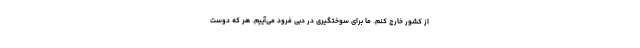
از کشور خارج‌ کنم. ما برای سوختگیری در دبی فرود می‌آییم. هر که دوست